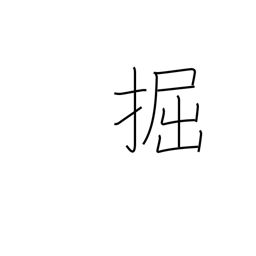
Meaning: dig